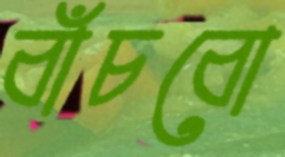
বাঁচবো